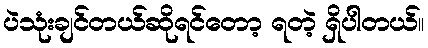
ပဲသုံးချင်တယ်ဆိုရင်တော့ ရတဲ့ ရှိပါတယ်။